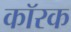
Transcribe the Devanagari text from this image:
कॉरक